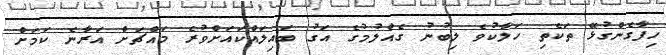
ހިފާގެންގުޅޭ ތަކެތި ހަލާކުވެ ލިބުނު ގެއްލުމުގެ އަގު ބައިލައްކައަށްވުރެ މައްޗަށް އަރާނެ ކަމަށް